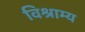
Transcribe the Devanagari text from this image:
विश्राम्य